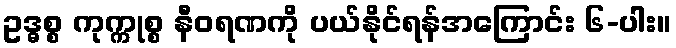
ဥဒ္ဓစ္စ ကုက္ကုစ္စ နီဝရဏကို ပယ်နိုင်ရန်အကြောင်း ၆-ပါး။